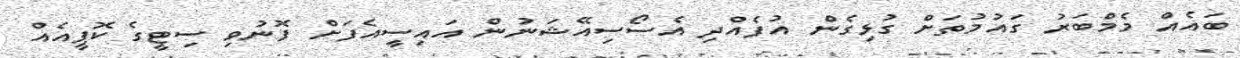
ބައެއް މެމްބަރު ގައުމުތަށް ގުޅިގެން އުފެއްދި އެސޯސިއޭޝަނުން އައިސީއެފަށް ފޮނުވި ސިޓީގެ ކޮޕީއެއް